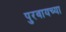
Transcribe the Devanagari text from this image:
पुरवायच्या